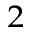
^ 2